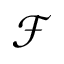
\mathcal { F }